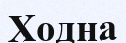
Ходна